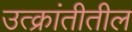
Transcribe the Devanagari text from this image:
उत्क्रांतीतील